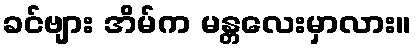
ခင်ဗျား အိမ်က မန္တလေးမှာလား။